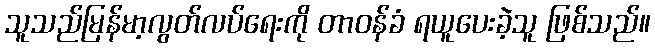
သူသည်မြန်မာ့လွတ်လပ်ရေးကို တာဝန်ခံ ရယူပေးခဲ့သူ ဖြစ်သည်။